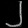
Digit: ၂